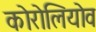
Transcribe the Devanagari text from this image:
कोरोलियोव